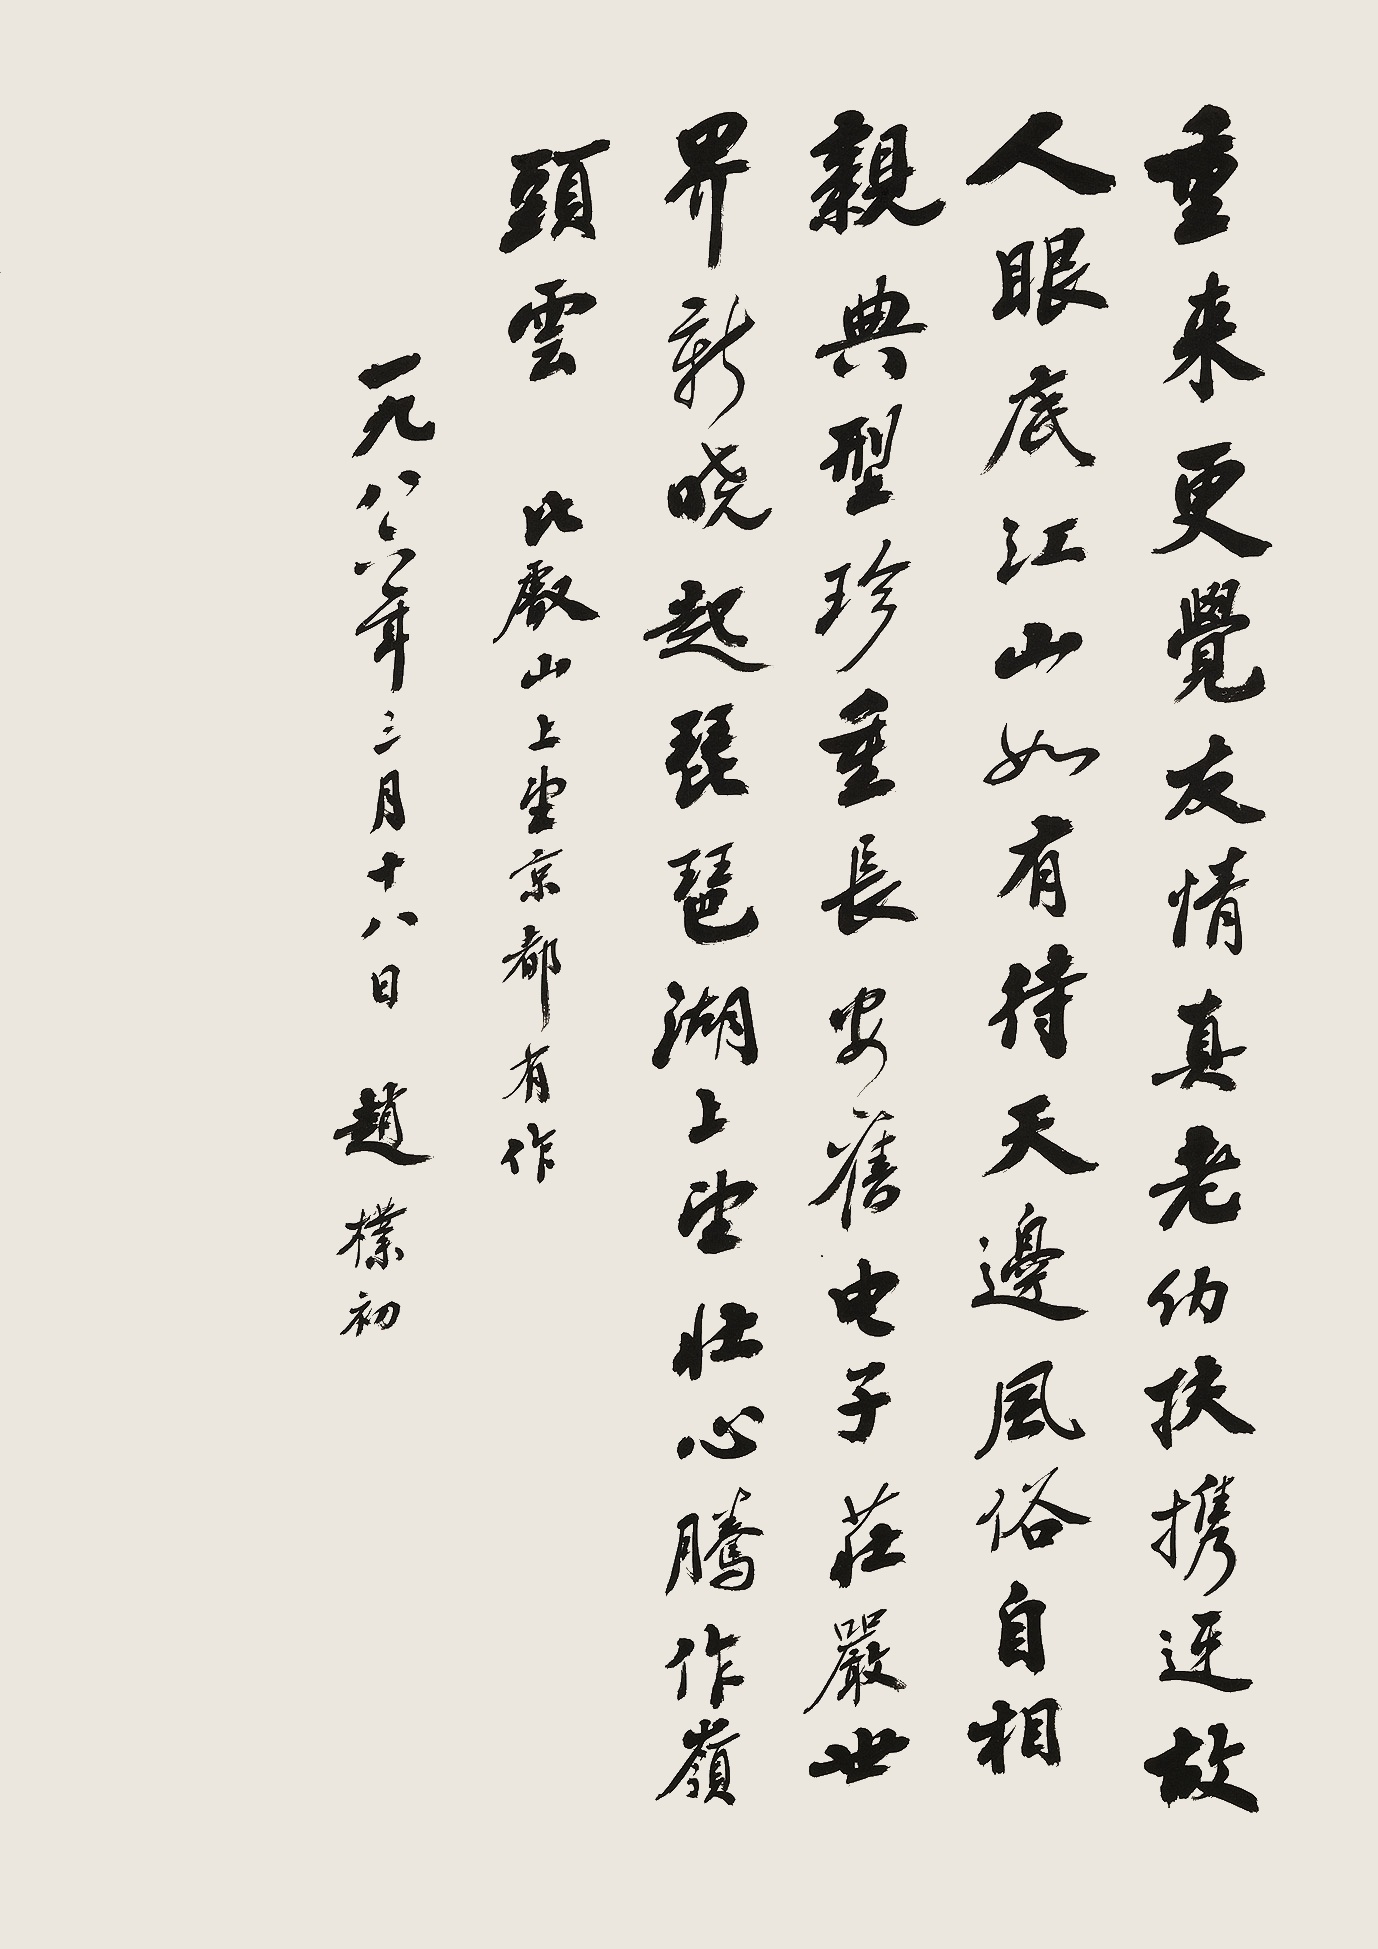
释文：重来更觉友情真，老幼扶携迓故人。眼底江山如有待，天边风俗自相亲。典型珍重长安旧，电子庄严世界新。晓起琵琶湖上望，壮心腾作岭头云。比叡山上望京都。一九八六年三月十八日。赵朴初。